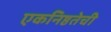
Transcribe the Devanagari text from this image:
एकनिष्ठतेची